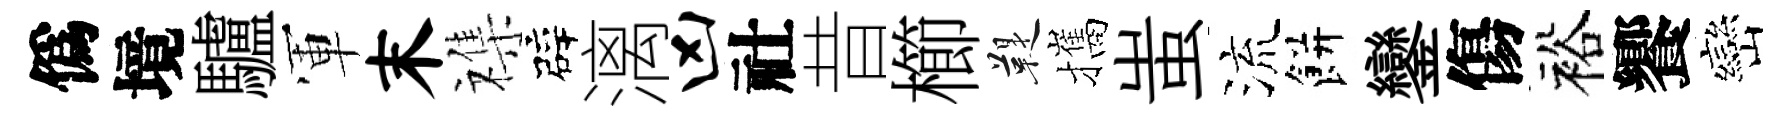
僞境驢軍末襍辟漓凶社昔櫛鞮攜蚩流餅鑾傷裕饗巒